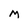
Character: M